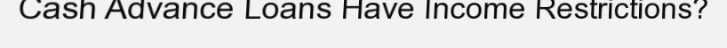
Cash Advance Loans Have Income Restrictions?